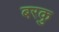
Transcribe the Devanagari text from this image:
बरकु